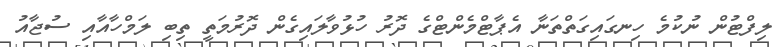
ލިފްޓުން ނުކުމެ ހިނގައިގަތްތަނާ އެޕާޓްމެންޓްގެ ދޮރު ހުޅުވާލައިގެން ދޮރުމަތީ ތިބި ލަމްހާއާއި ސުޖާއު